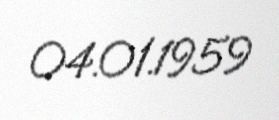
04.01.1959